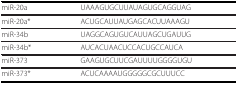
<table><thead><tr><td><b>miR-20a</b></td><td><b>UAAAGUGCUUAUAGUGCAGGUAG</b></td></tr></thead><tbody><tr><td>miR-20a*</td><td>ACUGCAUUAUGAGCACUUAAAGU</td></tr><tr><td>miR-34b</td><td>UAGGCAGUGUCAUUAGCUGAUUG</td></tr><tr><td>miR-34b*</td><td>AUCACUAACUCCACUGCCAUCA</td></tr><tr><td>miR-373</td><td>GAAGUGCUUCGAUUUUGGGGUGU</td></tr><tr><td>miR-373*</td><td>ACUCAAAAUGGGGGCGCUUUCC</td></tr></tbody></table>